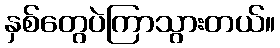
နှစ်တွေပဲကြာသွားတယ်။